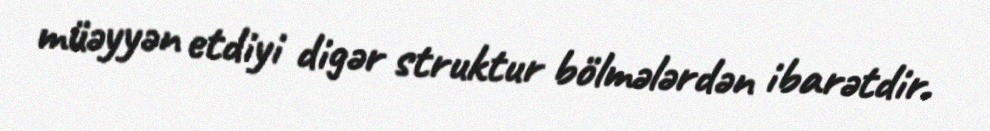
müəyyən etdiyi digər struktur bölmələrdən ibarətdir.